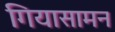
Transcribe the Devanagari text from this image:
गियासामन